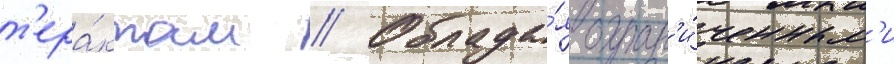
т'ера́ктам // Облада́я огран'и́ченным'и